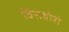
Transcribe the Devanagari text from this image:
विंसबोरो